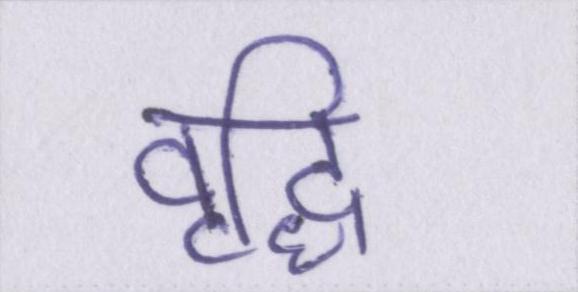
वृद्धि